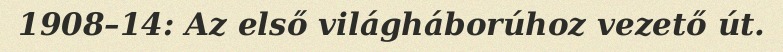
1908–14: Az első világháborúhoz vezető út.